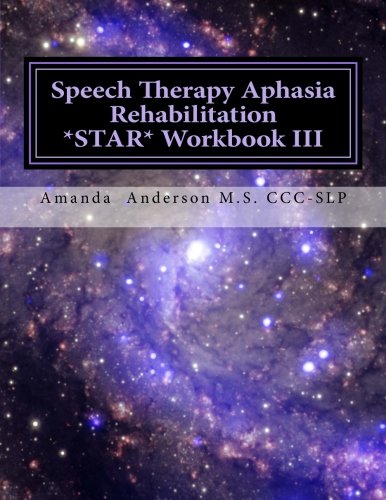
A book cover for Speech Therapy Aphasia Rehabilitation Star  Workbook III: Expressive Language; Amanda P Anderson; Health, Fitness & Dieting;